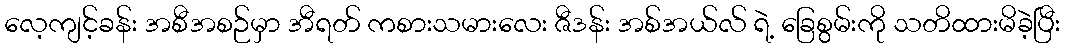
လေ့ကျင့်ခန်း အစီအစဉ်မှာ အီရတ် ကစားသမားလေး ဇီဒန်း အစ်အယ်လ် ရဲ့ ခြေစွမ်းကို သတိထားမိခဲ့ပြီး